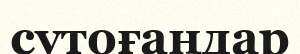
сутоғаңдар